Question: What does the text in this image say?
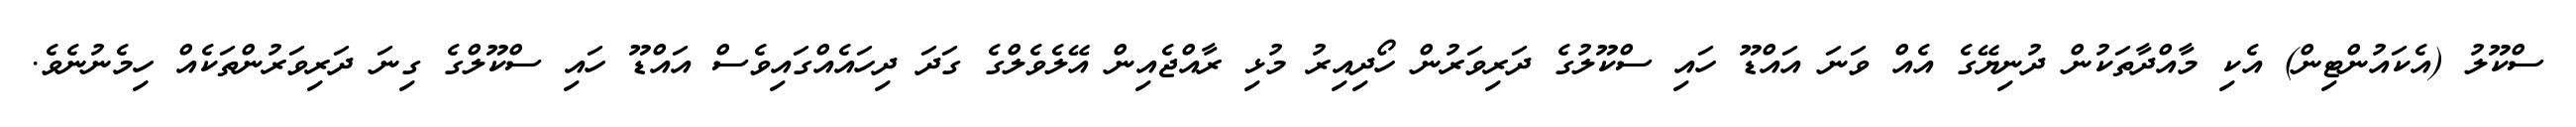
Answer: ސްކޫލު (އެކައުންޓިން) އެކި މާއްދާތަކުން ދުނިޔޭގެ އެއް ވަނަ އައްޑޫ ހައި ސްކޫލުގެ ދަރިވަރުން ހޯދިއިރު މުޅި ރާއްޖެއިން އޭލެވެލްގެ ގަދަ ދިހައެއްގައިވެސް އައްޑޫ ހައި ސްކޫލްގެ ގިނަ ދަރިވަރުންތަކެއް ހިމެނުނެވެ.